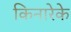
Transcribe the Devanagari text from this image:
किनारेके